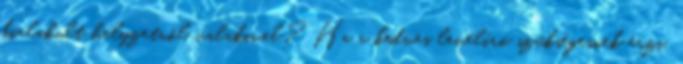
kialakult helyzetről valakivel? Ha a kedves levélíró szükségesnek érzi,